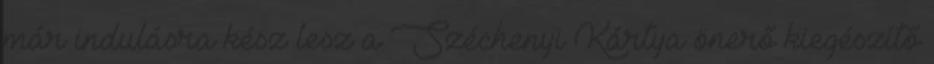
már indulásra kész lesz a Széchenyi Kártya önerő kiegészítő